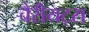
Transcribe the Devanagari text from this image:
चैरीयट्स